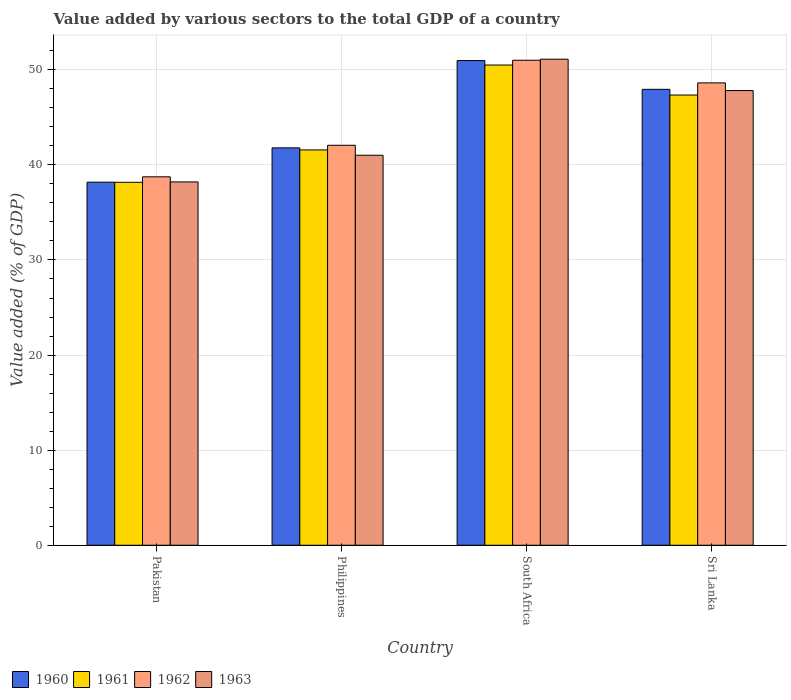
| Country | 1960 | 1961 | 1962 | 1963 |
 | --- | --- | --- | --- | --- |
 | Pakistan | 38.2 | 38.2 | 38.7 | 38.2 |
 | Philippines | 41.8 | 41.6 | 42.1 | 41 |
 | South Africa | 51 | 50.5 | 51 | 51.1 |
 | Sri Lanka | 47.9 | 47.3 | 48.6 | 47.8 |